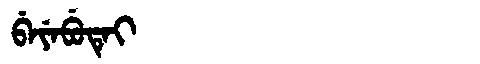
Manchu: ᠪᡝᠶᡝᠪᡠᡨᡝᡳ
Romanization: BEYEBUTEI